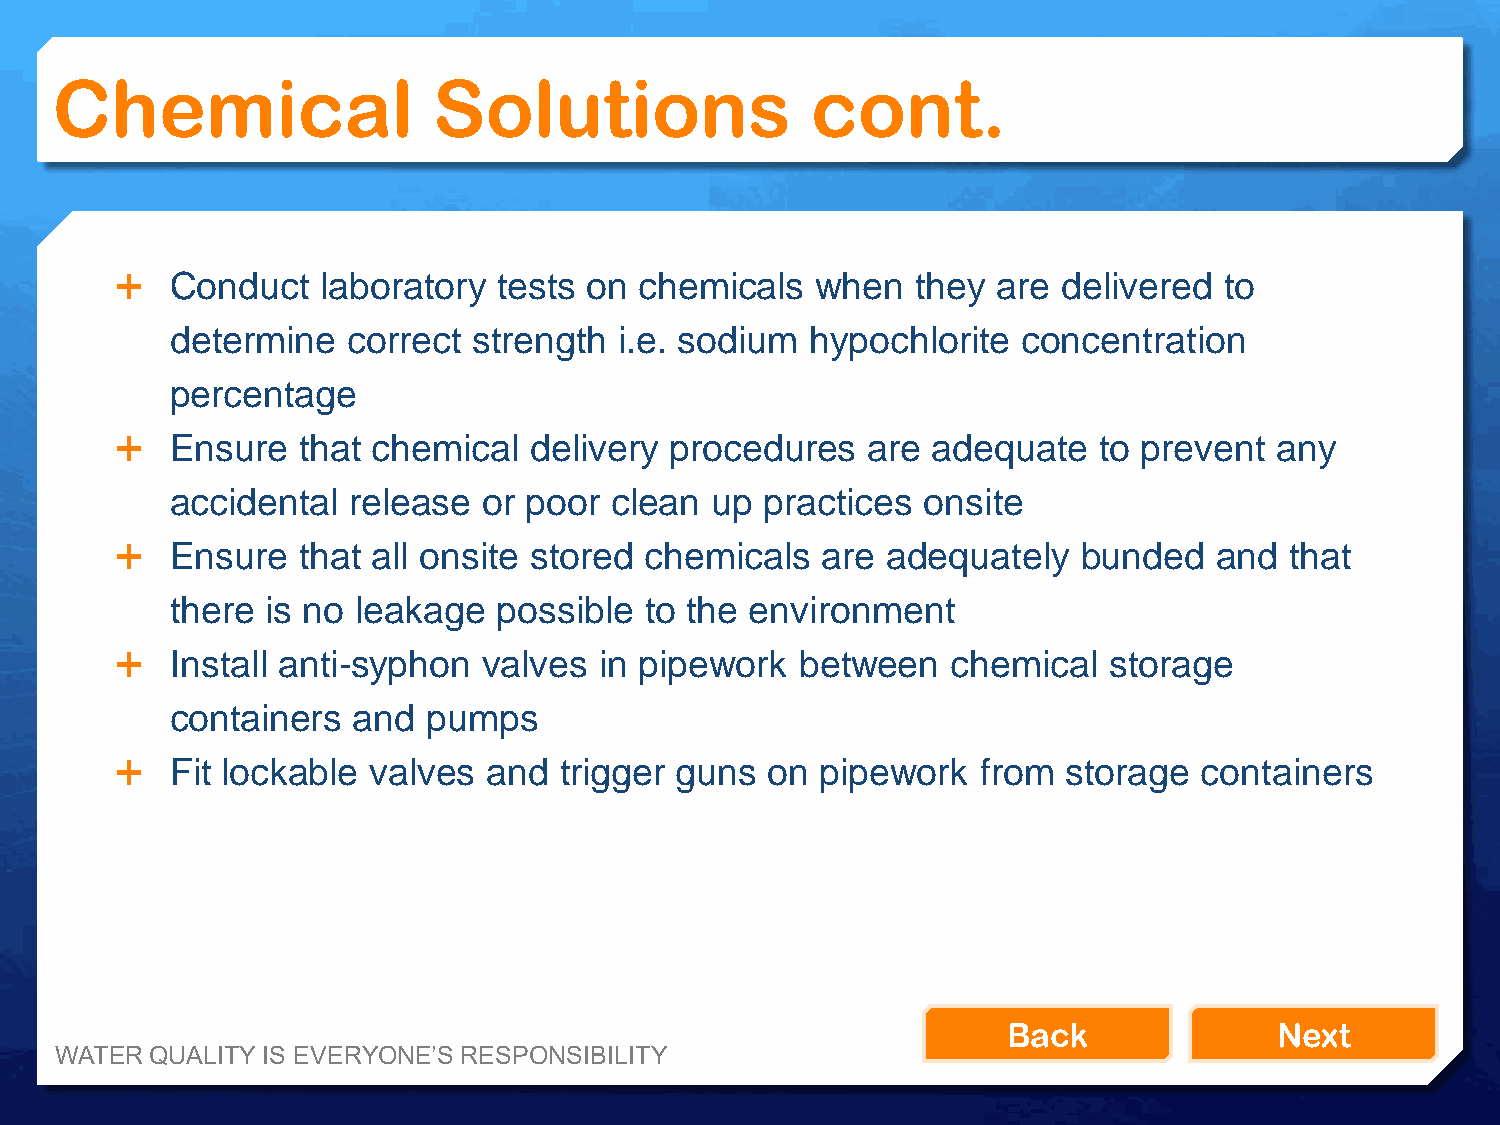
Chemical                  Solutions                cont.
   Conduct   laboratory  tests on chemicals   when   they are delivered  to
 determine   correct strength  i.e. sodium  hypochlorite  concentration
 percentage
   Ensure   that chemical  delivery procedures   are  adequate   to prevent any
 accidental  release  or poor  clean up  practices onsite
   Ensure   that all onsite stored chemicals  are  adequately   bunded   and that
 there  is no leakage  possible  to the environment
   Install anti-syphon  valves  in pipework  between   chemical  storage
 containers  and  pumps
   Fit lockable valves  and  trigger guns  on pipework   from  storage  containers
 Back              Next
 WATER QUALITY IS EVERYONE’S RESPONSIBILITY